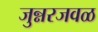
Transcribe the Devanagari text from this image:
जुन्नरजवळ